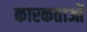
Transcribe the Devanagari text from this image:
कारकताओं